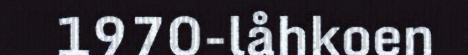
1970-låhkoen